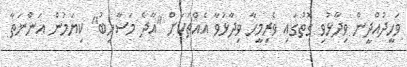
ވަހީދުއްދީން ވިދާޅުވި ގޮތުގައި ވެރިމީހާ ވިދާޅުވާ އެއްޗަކަށް "އާދެ މަސާހިބު" ކިޔަމުން އަންނަތާ